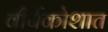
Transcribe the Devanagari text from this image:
वीर्यकोशात